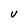
Character: U